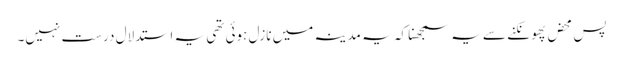
پس محض پھونکنے سے یہ سمجھنا کہ یہ مدینہ میں نازل ہوئی تھی یہ استدلال درست نہیں۔